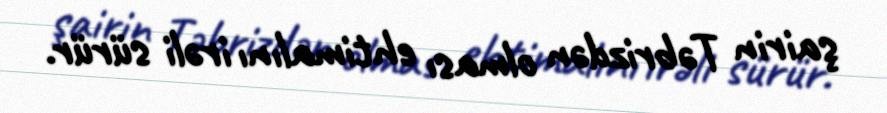
şairin Təbrizdən olması ehtimalını irəli sürür.